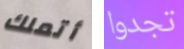
أتملك تجدوا